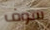
سوف